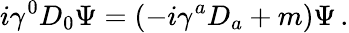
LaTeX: i\gamma^{0}D_{0}\Psi=(-i\gamma^{a}D_{a}+m)\Psi\, .